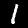
Digit: 1